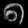
Digit: ၈